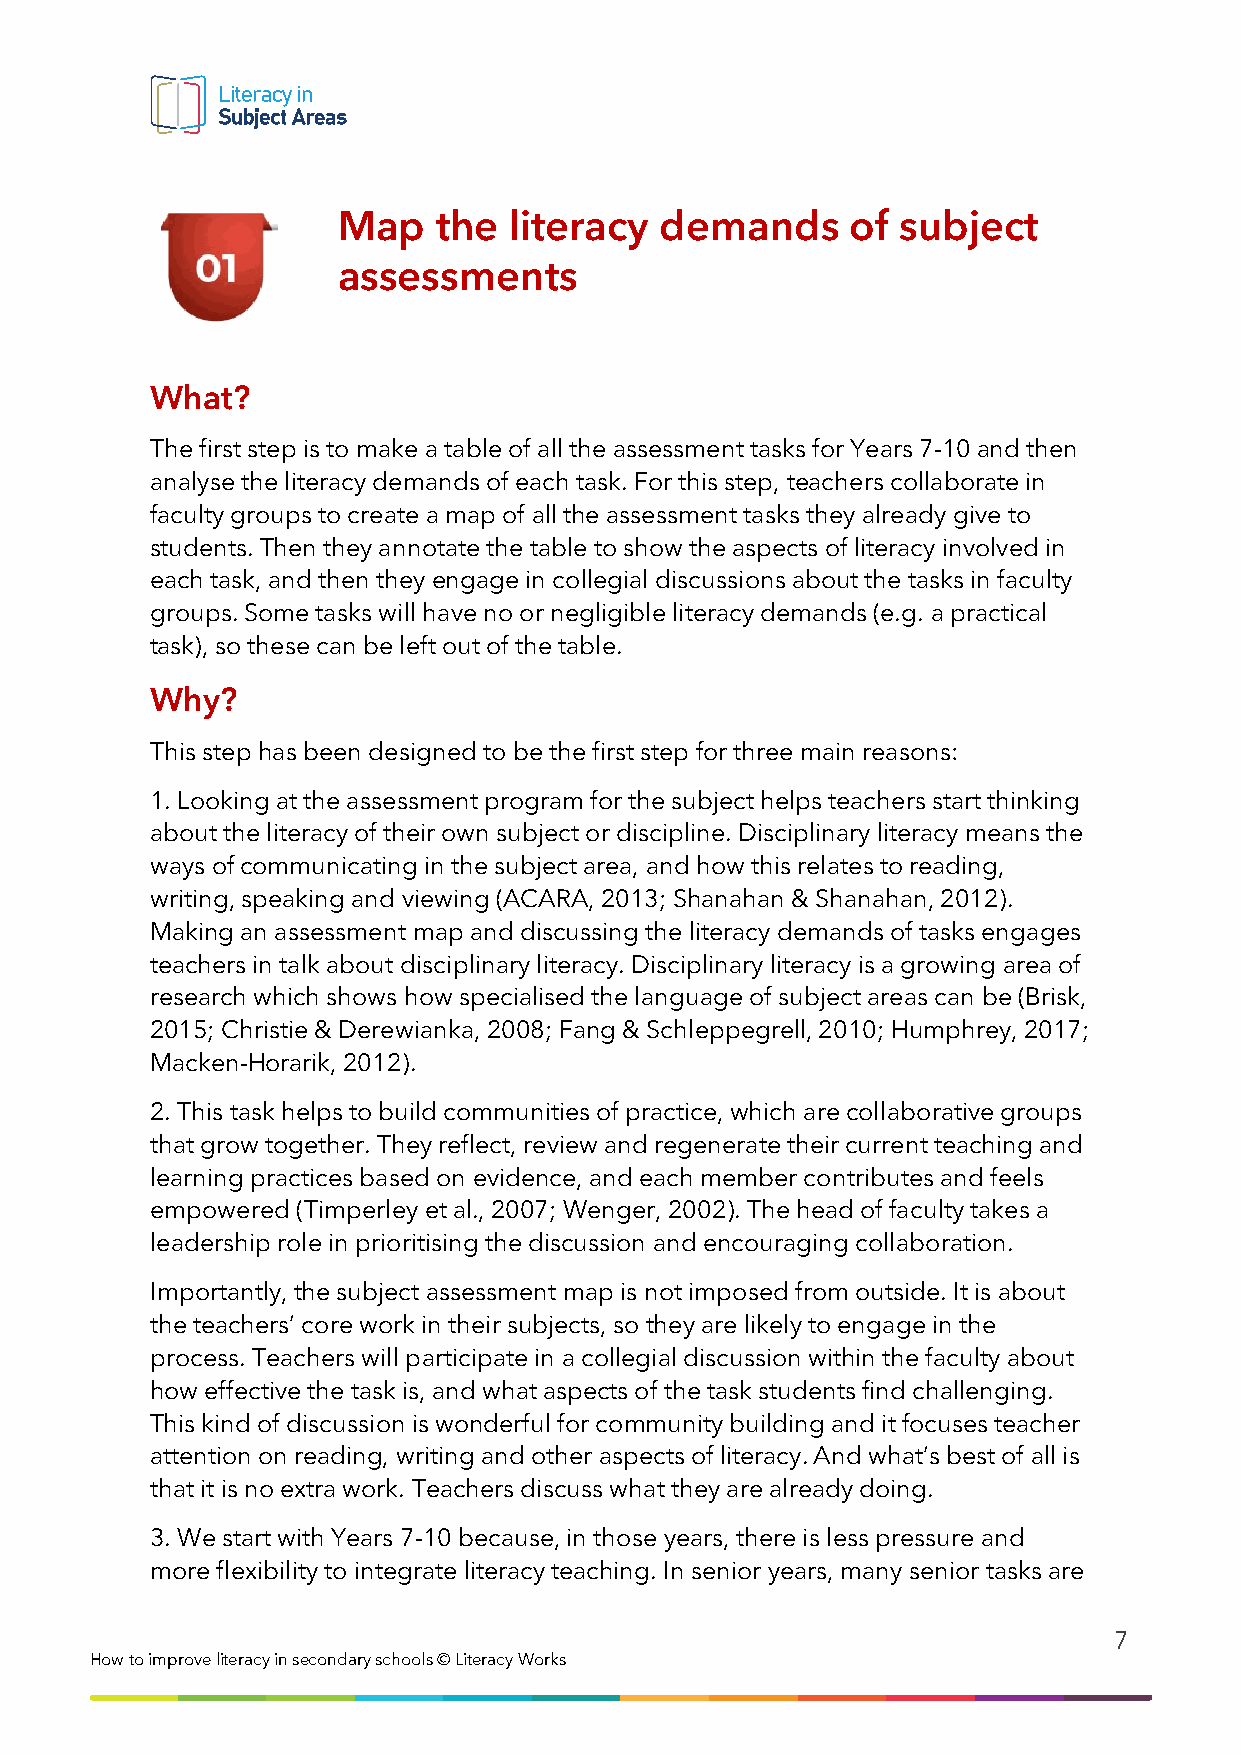
Map    the  literacy  demands     of  subject
 assessments
 What?
 The first step is to make a table of all the assessment tasks for Years 7-10 and then
 analyse the literacy demands of each task. For this step, teachers collaborate in
 faculty groups to create a map of all the assessment tasks they already give to
 students. Then they annotate the table to show the aspects of literacy involved in
 each task, and then they engage in collegial discussions about the tasks in faculty
 groups. Some tasks will have no or negligible literacy demands (e.g. a practical
 task), so these can be left out of the table.
 Why?
 This step has been designed to be the first step for three main reasons:
 1. Looking at the assessment program for the subject helps teachers start thinking
 about the literacy of their own subject or discipline. Disciplinary literacy means the
 ways of communicating in the subject area, and how this relates to reading,
 writing, speaking and viewing (ACARA, 2013; Shanahan & Shanahan, 2012).
 Making an assessment map and discussing the literacy demands of tasks engages
 teachers in talk about disciplinary literacy. Disciplinary literacy is a growing area of
 research which shows how specialised the language of subject areas can be (Brisk,
 2015; Christie & Derewianka, 2008; Fang & Schleppegrell, 2010; Humphrey, 2017;
 Macken-Horarik, 2012).
 2. This task helps to build communities of practice, which are collaborative groups
 that grow together. They reflect, review and regenerate their current teaching and
 learning practices based on evidence, and each member contributes and feels
 empowered (Timperley et al., 2007; Wenger, 2002). The head of faculty takes a
 leadership role in prioritising the discussion and encouraging collaboration.
 Importantly, the subject assessment map is not imposed from outside. It is about
 the teachers’ core work in their subjects, so they are likely to engage in the
 process. Teachers will participate in a collegial discussion within the faculty about
 how effective the task is, and what aspects of the task students find challenging.
 This kind of discussion is wonderful for community building and it focuses teacher
 attention on reading, writing and other aspects of literacy. And what’s best of all is
 that it is no extra work. Teachers discuss what they are already doing.
 3. We start with Years 7-10 because, in those years, there is less pressure and
 more flexibility to integrate literacy teaching. In senior years, many senior tasks are
 7
 How to i mprove literacy in secondary schools © Literacy Works